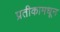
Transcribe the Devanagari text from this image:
प्रतीकामधून